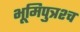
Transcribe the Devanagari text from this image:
भूमिपुत्रश्च